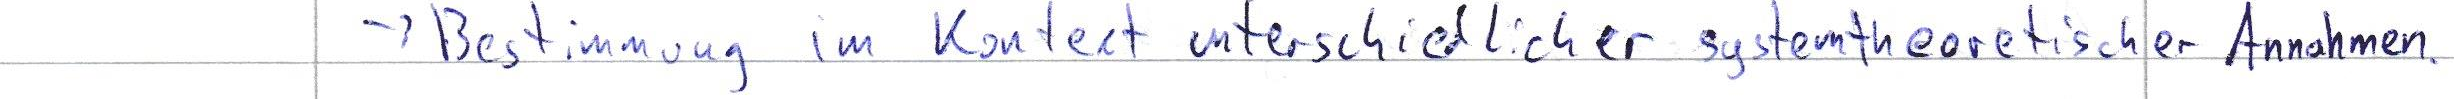
-> Bestimmung im Kontext unterschiedlicher systemtheoretischer Annahmen